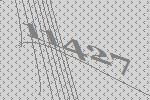
11427